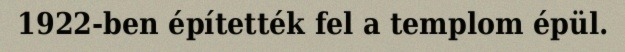
1922-ben építették fel a templom épül.